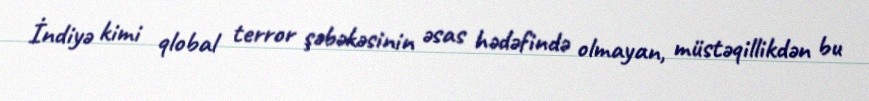
İndiyə kimi qlobal terror şəbəkəsinin əsas hədəfində olmayan, müstəqillikdən bu